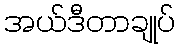
အယ်ဒီတာချုပ်